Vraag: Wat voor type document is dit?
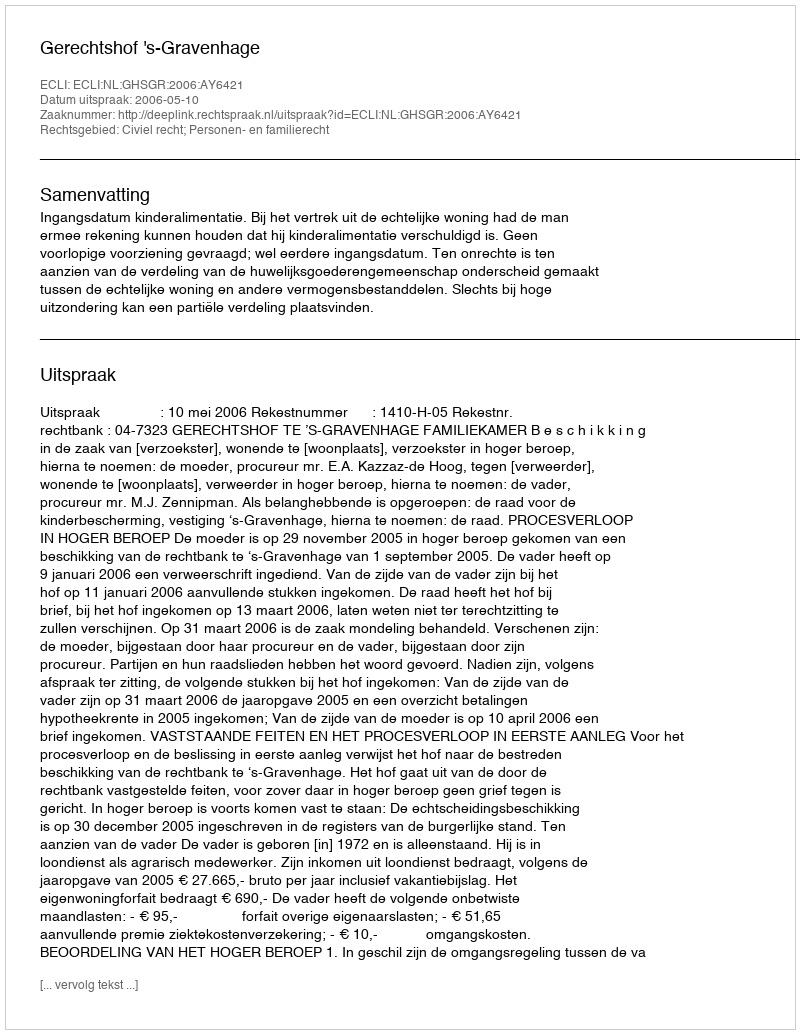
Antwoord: Uitspraak